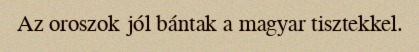
Az oroszok jól bántak a magyar tisztekkel.